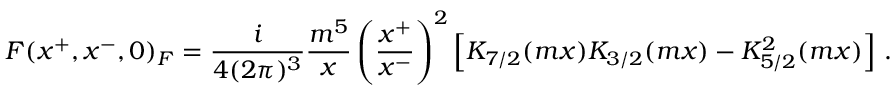
F ( x ^ { + } , x ^ { - } , 0 ) _ { F } = \frac { i } { 4 ( 2 \pi ) ^ { 3 } } \frac { m ^ { 5 } } { x } \left( \frac { x ^ { + } } { x ^ { - } } \right) ^ { 2 } \left[ K _ { 7 / 2 } ( m x ) K _ { 3 / 2 } ( m x ) - K _ { 5 / 2 } ^ { 2 } ( m x ) \right] \, .